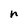
Character: n